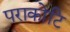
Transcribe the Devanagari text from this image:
पराकोटि